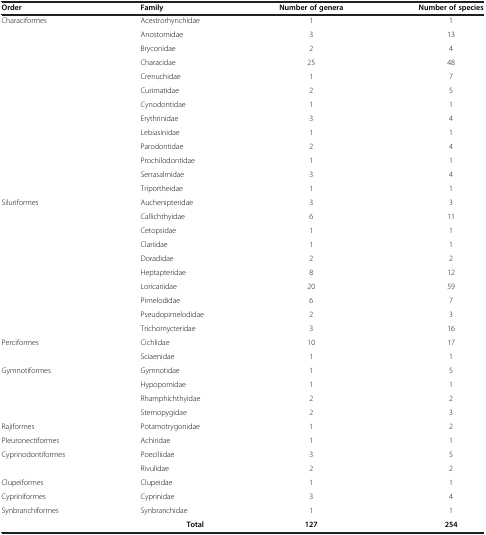
| Order | Family | Number of genera | Number of species |
 | --- | --- | --- | --- |
 | Characiformes | Acestrorhynchidae | 1 | 1 |
 |  | Anostomidae | 3 | 13 |
 |  | Bryconidae | 2 | 4 |
 |  | Characidae | 25 | 48 |
 |  | Crenuchidae | 1 | 7 |
 |  | Curimatidae | 2 | 5 |
 |  | Cynodontidae | 1 | 1 |
 |  | Erythrinidae | 3 | 4 |
 |  | Lebiasinidae | 1 | 1 |
 |  | Parodontidae | 2 | 4 |
 |  | Prochilodontidae | 1 | 1 |
 |  | Serrasalmidae | 3 | 4 |
 |  | Triportheidae | 1 | 1 |
 | Siluriformes | Auchenipteridae | 3 | 3 |
 |  | Callichthyidae | 6 | 11 |
 |  | Cetopsidae | 1 | 1 |
 |  | Clariidae | 1 | 1 |
 |  | Doradidae | 2 | 2 |
 |  | Heptapteridae | 8 | 12 |
 |  | Loricariidae | 20 | 59 |
 |  | Pimelodidae | 6 | 7 |
 |  | Pseudopimelodidae | 2 | 3 |
 |  | Trichomycteridae | 3 | 16 |
 | Perciformes | Cichlidae | 10 | 17 |
 |  | Sciaenidae | 1 | 1 |
 | Gymnotiformes | Gymnotidae | 1 | 5 |
 |  | Hypopomidae | 1 | 1 |
 |  | Rhamphichthyidae | 2 | 2 |
 |  | Sternopygidae | 2 | 3 |
 | Rajiformes | Potamotrygonidae | 1 | 2 |
 | Pleuronectiformes | Achiridae | 1 | 1 |
 | Cyprinodontiformes | Poeciliidae | 3 | 5 |
 |  | Rivulidae | 2 | 2 |
 | Clupeiformes | Clupeidae | 1 | 1 |
 | Cypriniformes | Cyprinidae | 3 | 4 |
 | Synbranchiformes | Synbranchidae | 1 | 1 |
 |  | Total | 127 | 254 |